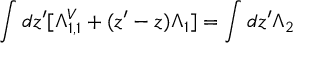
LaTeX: \int d z ^ { \prime } [ \Lambda _ { 1 , 1 } ^ { V } + ( z ^ { \prime } - z ) \Lambda _ { 1 } ] = \int d z ^ { \prime } \Lambda _ { 2 }